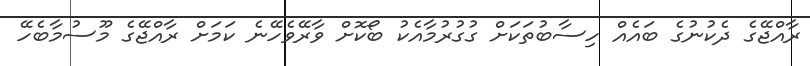
ރާއްޖޭގެ ދެކުނުގެ ބައެއް ހިސާބުތަކަށް ގުގުރުމާއެކު ބޯކޮށް ވާރޭވެހޭނެ ކަމަށް ރާއްޖޭގެ މޫސުމާބެހޭ